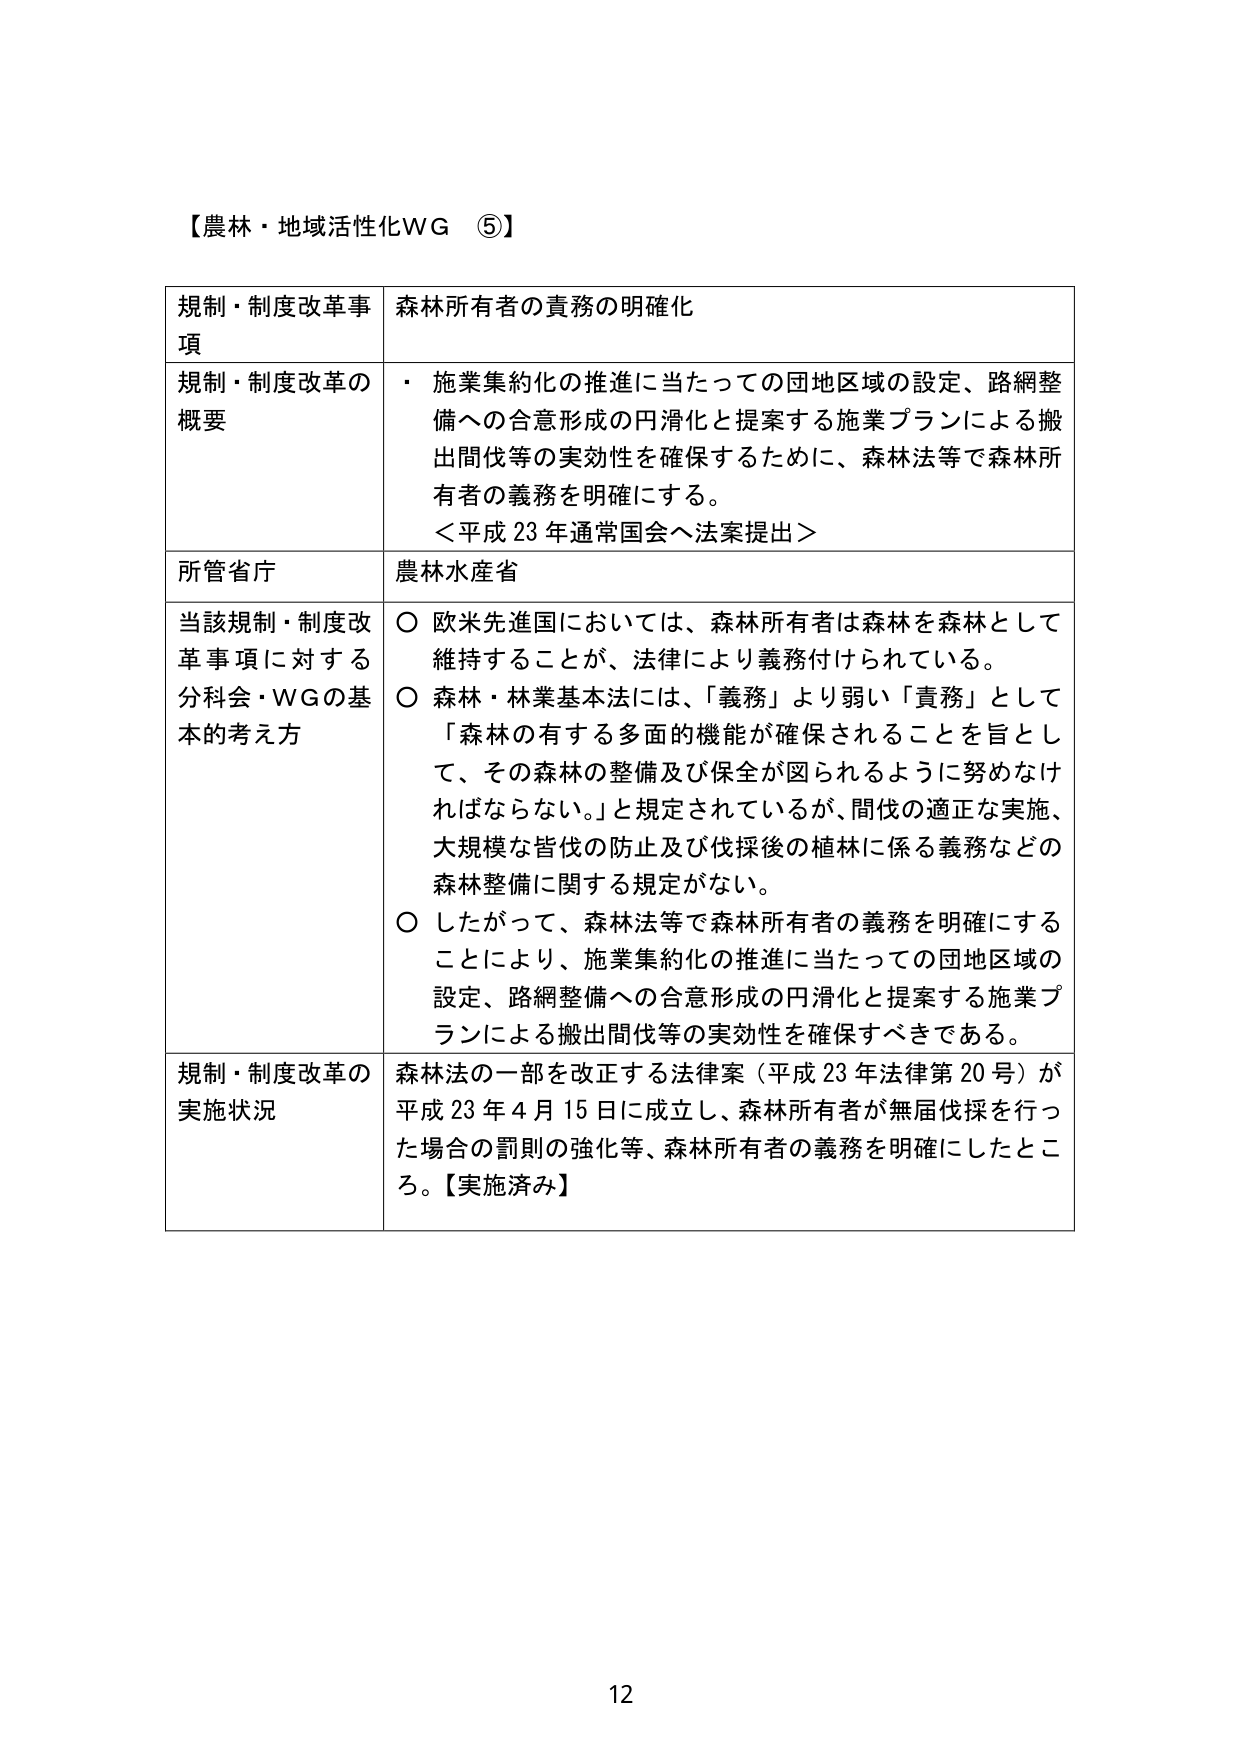
【農林・地域活性化WG ⑤】

規制・制度改革事項　森林所有者の責務の明確化

規制・制度改革の概要
・ 施業集約化の推進に当たっての団地区域の設定、路網整備への合意形成の円滑化と提案する施業プランによる搬出間伐等の実効性を確保するために、森林法等で森林所有者の義務を明確にする。
＜平成23年通常国会へ法案提出＞

所管省庁　農林水産省

当該規制・制度改革事項に対する分科会・WGの基本的考え方
○ 欧米先進国においては、森林所有者は森林を森林として維持することが、法律により義務付けられている。
○ 森林・林業基本法には、「義務」より弱い「責務」として「森林の有する多面的機能が確保されることを旨として、その森林の整備及び保全が図られるように努めなければならない。」と規定されているが、間伐の適正な実施、大規模な皆伐の防止及び伐採後の植林に係る義務などの森林整備に関する規定がない。
○ したがって、森林法等で森林所有者の義務を明確にすることにより、施業集約化の推進に当たっての団地区域の設定、路網整備への合意形成の円滑化と提案する施業プランによる搬出間伐等の実効性を確保すべきである。

規制・制度改革の実施状況　森林法の一部を改正する法律案（平成23年法律第20号）が平成23年4月15日に成立し、森林所有者が無届伐採を行った場合の罰則の強化等、森林所有者の義務を明確にしたところ。【実施済み】

12